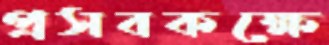
প্রসবকক্ষে